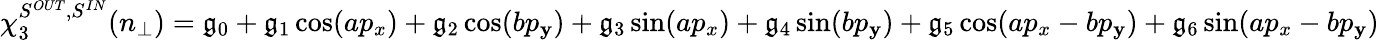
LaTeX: \chi_{3}^{S^{OUT},S^{IN}}(n_{\perp})=\mathfrak{g}_{0}+\mathfrak{g}_{1}\cos(ap_{x})+\mathfrak{g}_{2}\cos(bp_{\mathbf{y}})+\mathfrak{g}_{3}\sin(ap_{x})+\mathfrak{g}_{4}\sin(bp_{\mathbf{y}})+\mathfrak{g}_{5}\cos(ap_{x}-bp_{\mathbf{y}})+\mathfrak{g}_{6}\sin(ap_{x}-bp_{\mathbf{y}})